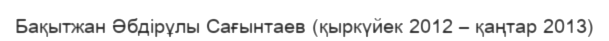
Бақытжан Әбдірұлы Сағынтаев (қыркүйек 2012 – қаңтар 2013)